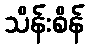
သိန်းစိန်